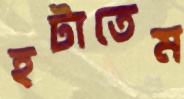
হটাতেম